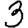
Digit: 3